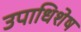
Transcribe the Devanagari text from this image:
उपाधिशेष